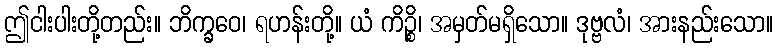
ဤငါးပါးတို့တည်း။ ဘိက္ခဝေ၊ ရဟန်းတို့။ ယံ ကိဉ္စိ၊ အမှတ်မရှိသော။ ဒုဗ္ဗလံ၊ အားနည်းသော။